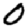
Digit: 0